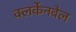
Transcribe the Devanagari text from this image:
क्लर्केनवेल